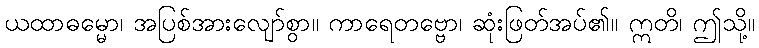
ယထာဓမ္မော၊ အပြစ်အားလျော်စွာ။ ကာရေတဗ္ဗော၊ ဆုံးဖြတ်အပ်၏။ ဣတိ၊ ဤသို့။